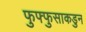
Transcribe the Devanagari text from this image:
फुफ्फुसाकडुन